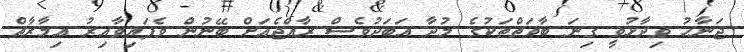
ޖަނާހު ވިދާޅުވީ ގިނަ ބާވަތްތަކުގެ މުދާ އަބަދުވެސް ރާއްޖެއަށް ބޭނުން ވެފައިވާއިރު އިމާރާތް